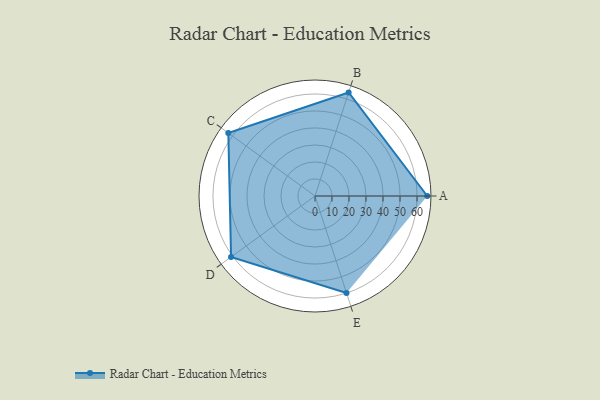
{"axis": {"x": "Skill", "y": "Score"}, "legend": ["Profile"], "data": [{"x": "A", "y": 66.0, "type": "Profile"}, {"x": "B", "y": 64.0, "type": "Profile"}, {"x": "C", "y": 63.0, "type": "Profile"}, {"x": "D", "y": 61.0, "type": "Profile"}, {"x": "E", "y": 60.0, "type": "Profile"}]}